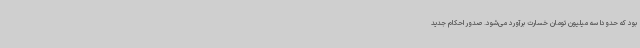
بود که حدوداً سه میلیون تومان خسارت برآورد می‌شود. صدور احکام جدید